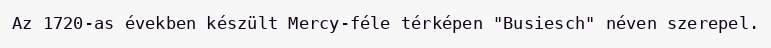
Az 1720-as években készült Mercy-féle térképen "Busiesch" néven szerepel.